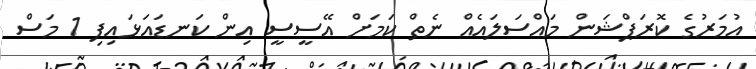
އުމަރުގެ ކޮރަޕްޝަން މައްސަލައެއް ނެތް ކަމަށް އޭސީސީ އިން ކަނޑައަޅައިފި 1 މަސް